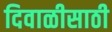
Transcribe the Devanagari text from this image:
दिवाळीसाठी